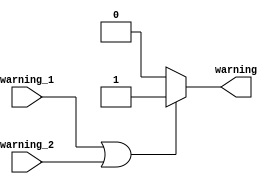
module add(
    input warning_1,
    input warning_2,
    output warning
    );
    wire warning_1,warning_2;
    reg warning=0;
    always @(warning_1 or warning_2)
    begin
        if(warning_1==1||warning_2==1)
            warning=1;
        else
            warning=0;
    end
endmodule